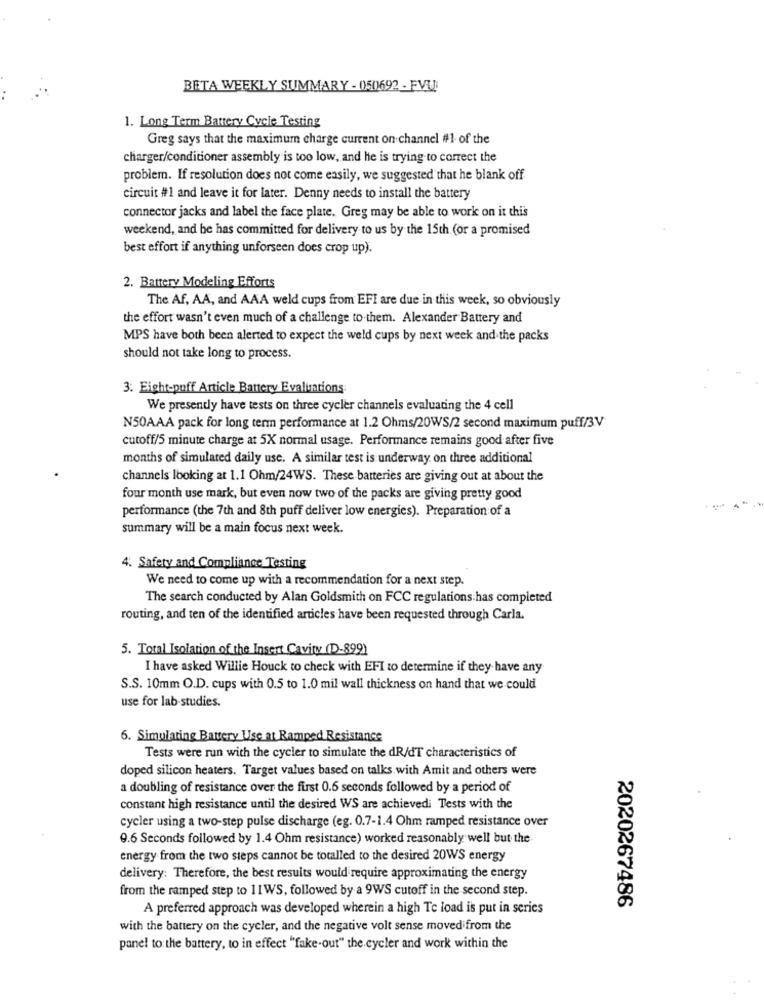
BETA WEEKLY SUMMARY - (50692 - EVU
1. Long Term Battery Cycle Testing
Greg says that the maximum charge current on channel #1 of the
charger/conditioner assembly is too low, and he is trying to correct the
problem. If resolution does not come easily, we suggested that he blank off
circuit #1 and leave it for later. Denny needs to install the battery
connector jacks and label the face plate. Greg may be able to work on it this
weekend, and be has committed for delivery to us by the 15th (or a promised
best effort if anything unforseen does crop up).
2. Battery Modeling Efforts
The Af, AA, and AAA weld cups from EFI are due in this week, so obviously
the effort wasn't even much of a challenge to them. Alexander Battery and
MPS have both been alerted to expect the weld cups by next week and the packs
should not take long to process.
3. Eight-puff Article Banery Evaluations
We presently have tests on three cycler channels evaluating the 4 cell
N50AAA pack for long term performance at 1.2 Ohms/20WS/2 second maximum puff/3V
cutoff/5 minute charge at 5X normal usage. Performance remains good after five
months of simulated daily use. A similar test is underway on three additional
channels looking at 1.1 Ohm/24WS. These batteries are giving out at about the
four month use mark, but even now two of the packs are giving pretty good
performance (the 7th and 8th puff deliver low energies). Preparation of a
summary will be a main focus next week.
4. Safety and Compliance Testing
We need to come up with a recommendation for a next step.
The search conducted by Alan Goldsmith on FCC regulations has completed
routing, and ten of the identified articles have been requested through Carla.
5. Total Isolation of the Insert Cavity (D-899)
I have asked Willie Houck to check with EFI to determine if they have any
S.S. 10mm O.D. cups with 0.5 to 1.0 mil wall thickness on hand that we could
use for lab studies.
6. Simulating Battery Use at Ramped Resistance
Tests were run with the cycler to simulate the dR/dT characteristics of
doped silicon heaters. Target values based on talks with Amit and others were
a doubling of resistance over the first 0.6 seconds followed by a period of
constant high resistance until the desired WS are achievedi Tests with the
cycler using a two-step pulse discharge (eg. 0.7-1.4 Ohm ramped resistance over
9.6 Seconds followed by 1.4 Ohm resistance) worked reasonably well but the
energy from the two steps cannot be totalled to the desired 20WS energy
delivery: Therefore, the best results would require approximating the energy
from the ramped step to 11WS, followed by a 9WS cutoff in the second step.
A preferred approach was developed wherein a high Te load is put in series
2020267486
with the battery on the cycler, and the negative volt sense moved from the
panel to the battery, to in effect "fake-out" the cycler and work within the